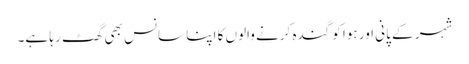
شہر کے پانی اور ہوا کو گندہ کرنے والوں کا اپنا سانس بھی گھٹ رہا ہے۔